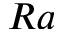
R a